画像に写った文字を読んでください
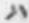
「ハ」と書いてあります